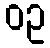
ဝဥ